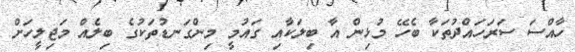
ހާއްސަ ސަރަަހައްދުތަކާ ބެހޭ މުޅިން އާ ބިލަކާއި ގައުމީ މިންގަނޑުތަކުގެ ބިލެއް މަޖިލީހަށް